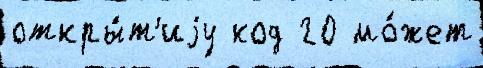
откры́т'иjу код 20 мо́жет